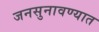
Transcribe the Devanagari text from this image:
जनसुनावण्यात